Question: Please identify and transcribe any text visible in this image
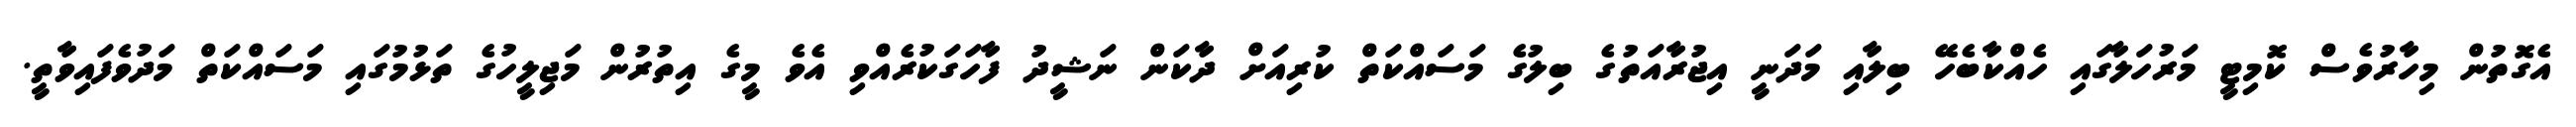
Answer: އެގޮތުން މިހާރުވެސް ކޮމިޓީ މަރުހަލާގައި ހެއްކާބެހޭ ބިލާއި މަދަނީ އިޖުރާއަތުގެ ބިލުގެ މަސައްކަތް ކުރިއަށް ދާކަން ނަޝީދު ފާހަގަކުރެއްވި އެވެ މީގެ އިތުރުން މަޖިލީހުގެ ތަޅުމުގައި މަސައްކަތް މަދުވެފައިވާތީ.